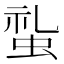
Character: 𧊢